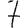
Digit: 7